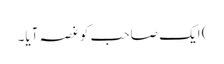
) ایک صاحب کو غصہ آیا۔